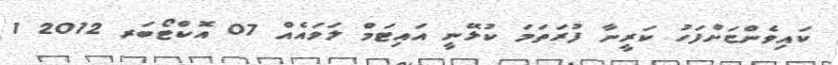
ކައިވެންޏަށްފަހު ކަރީނާ ފުރަތަމަ ކުޅޭނީ އައިޓަމް ލަވައެއް 07 އޮކްޓޯބަރ 2012 1